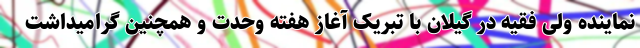
نماینده ولی فقیه در گیلان با تبریک آغاز هفته وحدت و همچنین گرامیداشت